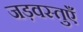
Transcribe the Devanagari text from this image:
जड़वस्तुएँ